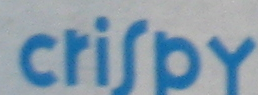
criSpY